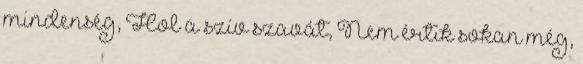
mindenség, Hol a szív szavát, Nem értik sokan még,